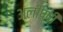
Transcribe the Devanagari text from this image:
अलीप्पी